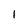
Character: 1